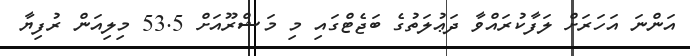
އަންނަ އަހަރަށް ލަފާކުރައްވާ ދަޢުލަތުގެ ބަޖެޓްގައި މި މަޝްރޫއަށް 53.5 މިލިއަން ރުފިޔާ